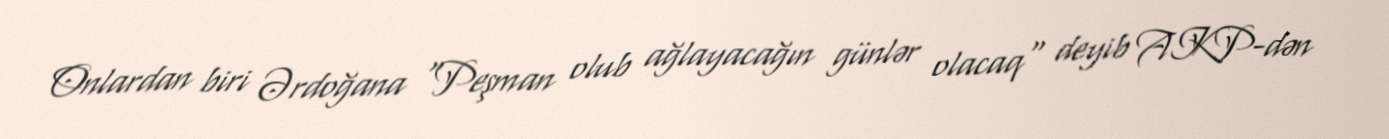
Onlardan biri Ərdoğana "Peşman olub ağlayacağın günlər olacaq" deyib AKP-dən